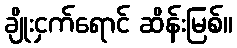
ချိုးငှက်ရောင် ဆိန်းမြစ်။